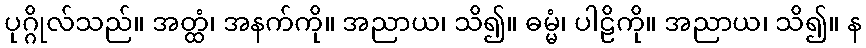
ပုဂ္ဂိုလ်သည်။ အတ္ထံ၊ အနက်ကို။ အညာယ၊ သိ၍။ ဓမ္မံ၊ ပါဠိကို။ အညာယ၊ သိ၍။ န